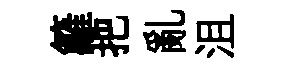
籬把亂沮